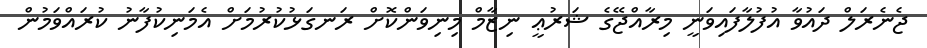
ޖެނެރަލް ދައުވާ އުފުލާފައިވަނީ މިރާއްޖޭގެ ޝަރުޢީ ނިޒާމް މިނިވަންކޮށް ރަނގަޅުކުރުމަށް އެމަނިކުފާނު ކުރައްވަމުން